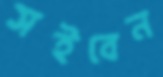
সইবেন